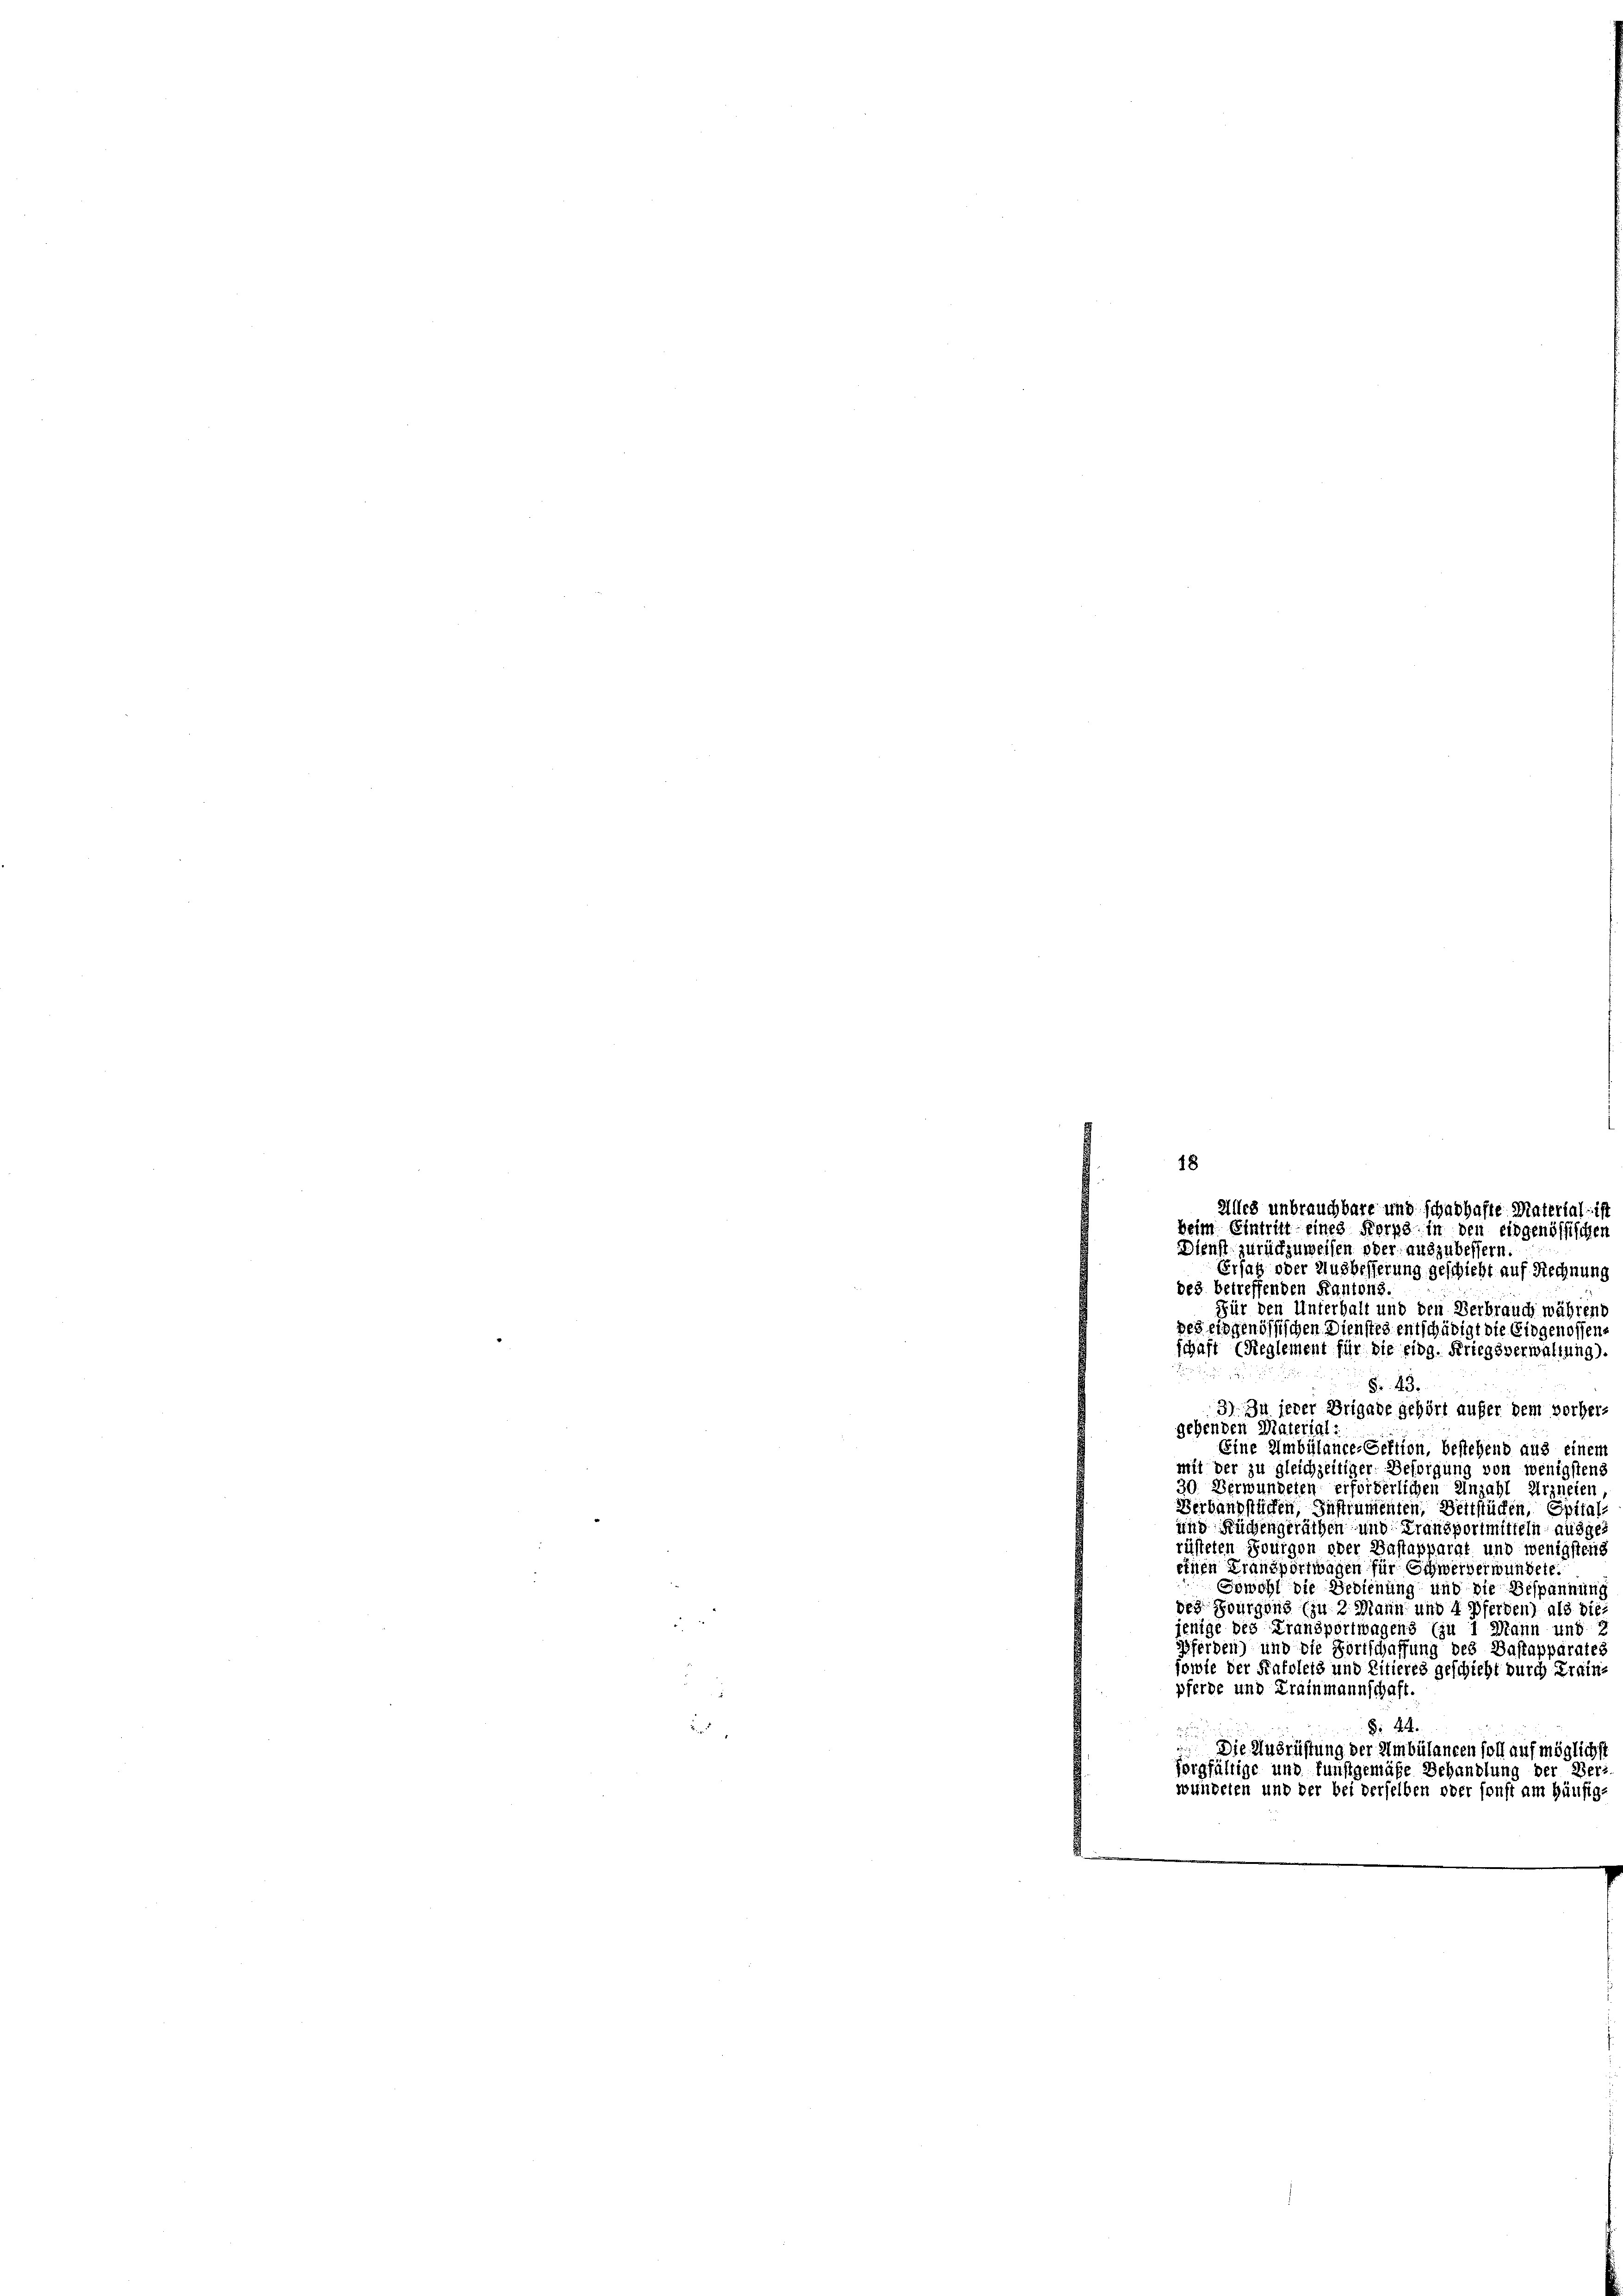
18

Dienst zurückzuweisen oder auszubessern
Ersatz oder Ausbesserung geschieht auf Rechnung
des betreffenden Kantons,
Für den Unterhalt und den Verbrauch während
des eidgenössischen Dienstes entschädigt die Eidgenossens
schaft (Reglement für die eidg. Kriegsverwaltung).

§ 43.
3) In jeder Brigade gehört aufer dem vorher-
gehenden Materiali
Eine Ambülance-Sektion, bestehend aus einem
mit der zu gleichzeitiger Beforgung von wenigstens
30. Verwundeten erforderlichen Anzahl Arzneien
Verbandstücken, Instrumenten, Zeitstücken, Spital-
und Küchengeräthen und Fransportmitteln ausgerüsteten Tourgen oder Bastapparat und wenigstens
einen Fransportwagen für Schwerverwundete
Gewohl die Bedienung und die Bespannung
des Bourgons (zu 2. Mann und 4 Pferden) als die
jenige des Fransportwagens (zu 1 Mann ung
Pferden) und die Fortschaffung des Bastapparates
sowie der Frafoleis und Litieres geschicht durch Kraine
pferde und Krainmannschaft.
§ 44.
¬
Die Ausrüstung der Ambülancen soll auf möglichst
sorgfältige und funftgemäße Behandlung der Beri
wundeten und der bei derselben oder sonst am häufig-
is

Alles unbrauchbare und schadhafte Material ist
Beim Eintritt eines Korps in den eidgenössischen